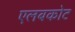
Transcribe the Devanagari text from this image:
एलबकोट